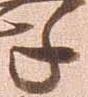
年